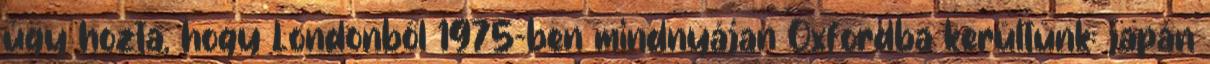
úgy hozta, hogy Londonból 1975-ben mindnyájan Oxfordba kerültünk: japán